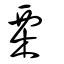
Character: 栗